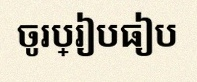
ចូរប្រៀបធៀប